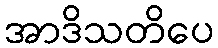
အာဒိသတိပေ